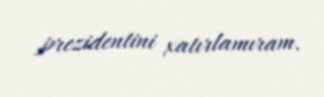
prezidentini xatırlamıram.